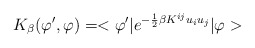
\begin{align*}K_{\beta}(\varphi',\varphi)=<\varphi'|e^{-\frac{1}{2}\beta K^{ij}u_iu_j}|\varphi>\end{align*}